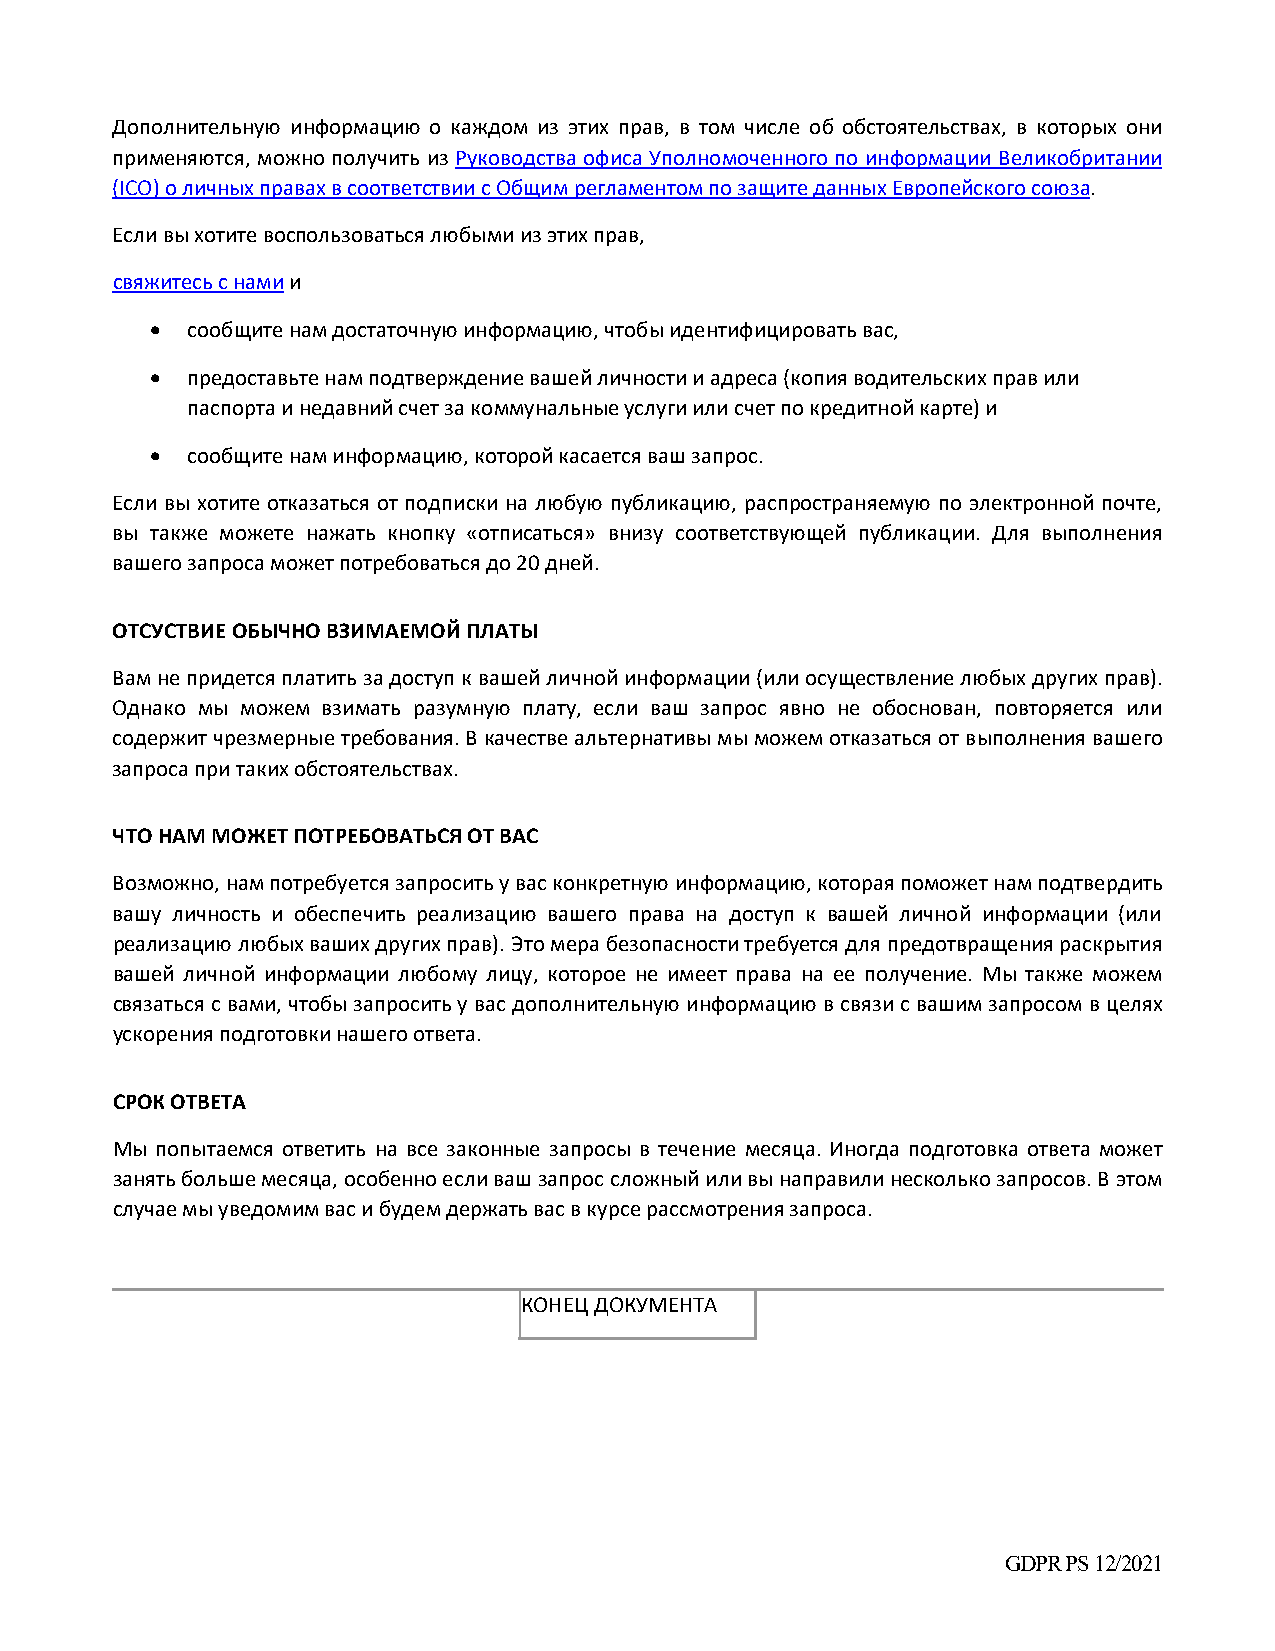
Дополнительную информацию о каждом из этих прав, в том числе об обстоятельствах, в которых они
 применяются, можно получить из Руководства офиса Уполномоченного по информации Великобритании
 (ICO) о личных правах в соответствии с Общим регламентом по защите данных Европейского союза.
 Если вы хотите воспользоваться любыми из этих прав,
 свяжитесь с нами и
  сообщите нам достаточную информацию, чтобы идентифицировать вас,
  предоставьте нам подтверждение вашей личности и адреса (копия водительских прав или
 паспорта и недавний счет за коммунальные услуги или счет по кредитной карте) и
  сообщите нам информацию, которой касается ваш запрос.
 Если вы хотите отказаться от подписки на любую публикацию, распространяемую по электронной почте,
 вы также можете нажать кнопку «отписаться» внизу соответствующей публикации. Для выполнения
 вашего запроса может потребоваться до 20 дней.
 ОТСУСТВИЕ ОБЫЧНО ВЗИМАЕМОЙ ПЛАТЫ
 Вам не придется платить за доступ к вашей личной информации (или осуществление любых других прав).
 Однако мы можем взимать разумную плату, если ваш запрос явно не обоснован, повторяется или
 содержит чрезмерные требования. В качестве альтернативы мы можем отказаться от выполнения вашего
 запроса при таких обстоятельствах.
 ЧТО НАМ МОЖЕТ ПОТРЕБОВАТЬСЯ ОТ ВАС
 Возможно, нам потребуется запросить у вас конкретную информацию, которая поможет нам подтвердить
 вашу личность и обеспечить реализацию вашего права на доступ к вашей личной информации (или
 реализацию любых ваших других прав). Это мера безопасности требуется для предотвращения раскрытия
 вашей личной информации любому лицу, которое не имеет права на ее получение. Мы также можем
 связаться с вами, чтобы запросить у вас дополнительную информацию в связи с вашим запросом в целях
 ускорения подготовки нашего ответа.
 СРОК ОТВЕТА
 Мы попытаемся ответить на все законные запросы в течение месяца. Иногда подготовка ответа может
 занять больше месяца, особенно если ваш запрос сложный или вы направили несколько запросов. В этом
 случае мы уведомим вас и будем держать вас в курсе рассмотрения запроса.
 КОНЕЦ ДОКУМЕНТА
 GDPR PS 12/2021